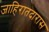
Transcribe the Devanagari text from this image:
जाहिरातदारास